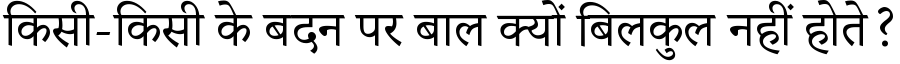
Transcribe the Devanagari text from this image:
किसी-किसी के बदन पर बाल क्यों बिलकुल नहीं होते?